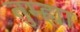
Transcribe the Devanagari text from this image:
तुम्ह्या